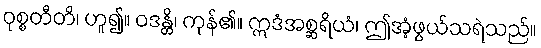
ဝုစ္စတီတိ၊ ဟူ၍။ ဝဒန္တိ၊ ကုန်၏။ ဣဒံအစ္ဆရိယံ၊ ဤအံ့ဖွယ်သရဲသည်။